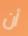
أن